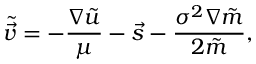
\tilde { \vec { v } } = - \frac { \nabla \tilde { u } } { \mu } - \vec { s } - \frac { \sigma ^ { 2 } \nabla \tilde { m } } { 2 \tilde { m } } ,